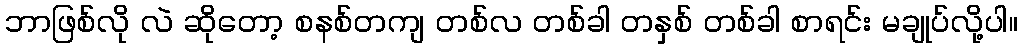
ဘာဖြစ်လို လဲ ဆိုတော့ စနစ်တကျ တစ်လ တစ်ခါ တနှစ် တစ်ခါ စာရင်း မချုပ်လို့ပါ။